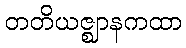
တတိယဇ္ဈာနကထာ